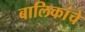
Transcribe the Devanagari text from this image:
बालिकांचे